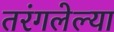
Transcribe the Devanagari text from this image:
तरंगलेल्या